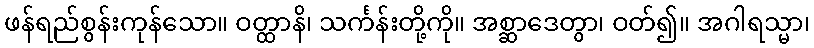
ဖန်ရည်စွန်းကုန်သော။ ဝတ္ထာနိ၊ သင်္ကန်းတို့ကို။ အစ္ဆာဒေတွာ၊ ဝတ်၍။ အဂါရသ္မာ၊